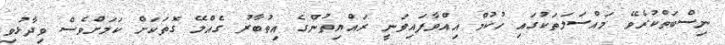
ނިސްބަތްކުރެވޭ މައްސަލަތަކުގައި ހުކުމް އިއްވާފައިވަނީ ރައްޔިތުންގެ އިތުބާރު ގެއްލޭ ގޮތަކަށް ކަމަށްވެސް ވިދާޅުވި